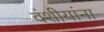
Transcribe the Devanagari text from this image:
वंशीयांना